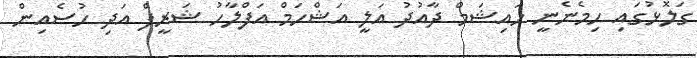
ގަލޮޅުގައި ހިމެނެނީ ހައިޝަމް ދާއުދު އަލީ އަޝްހަމް އަފްލާހު ޝަރީފް އަދި ހުސެއިން